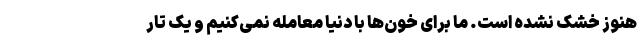
هنوز خشک نشده است. ما برای خون‌ها با دنیا معامله نمی‌کنیم و یک تار